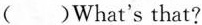
( )What's that?